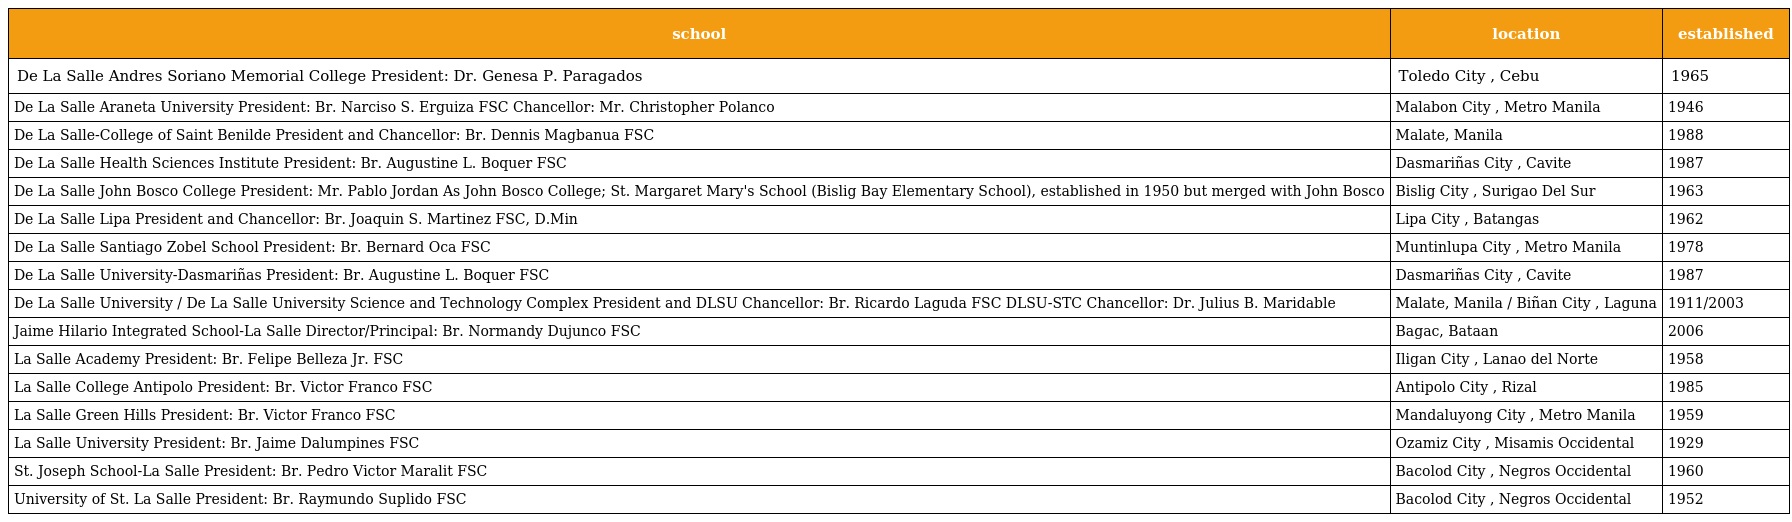
| school | location | established |
 | --- | --- | --- |
 | De La Salle Andres Soriano Memorial College President: Dr. Genesa P. Paragados | Toledo City , Cebu | 1965 |
 | De La Salle Araneta University President: Br. Narciso S. Erguiza FSC Chancellor: Mr. Christopher Polanco | Malabon City , Metro Manila | 1946 |
 | De La Salle-College of Saint Benilde President and Chancellor: Br. Dennis Magbanua FSC | Malate, Manila | 1988 |
 | De La Salle Health Sciences Institute President: Br. Augustine L. Boquer FSC | Dasmariñas City , Cavite | 1987 |
 | De La Salle John Bosco College President: Mr. Pablo Jordan As John Bosco College; St. Margaret Mary's School (Bislig Bay Elementary School), established in 1950 but merged with John Bosco | Bislig City , Surigao Del Sur | 1963 |
 | De La Salle Lipa President and Chancellor: Br. Joaquin S. Martinez FSC, D.Min | Lipa City , Batangas | 1962 |
 | De La Salle Santiago Zobel School President: Br. Bernard Oca FSC | Muntinlupa City , Metro Manila | 1978 |
 | De La Salle University-Dasmariñas President: Br. Augustine L. Boquer FSC | Dasmariñas City , Cavite | 1987 |
 | De La Salle University / De La Salle University Science and Technology Complex President and DLSU Chancellor: Br. Ricardo Laguda FSC DLSU-STC Chancellor: Dr. Julius B. Maridable | Malate, Manila / Biñan City , Laguna | 1911/2003 |
 | Jaime Hilario Integrated School-La Salle Director/Principal: Br. Normandy Dujunco FSC | Bagac, Bataan | 2006 |
 | La Salle Academy President: Br. Felipe Belleza Jr. FSC | Iligan City , Lanao del Norte | 1958 |
 | La Salle College Antipolo President: Br. Victor Franco FSC | Antipolo City , Rizal | 1985 |
 | La Salle Green Hills President: Br. Victor Franco FSC | Mandaluyong City , Metro Manila | 1959 |
 | La Salle University President: Br. Jaime Dalumpines FSC | Ozamiz City , Misamis Occidental | 1929 |
 | St. Joseph School-La Salle President: Br. Pedro Victor Maralit FSC | Bacolod City , Negros Occidental | 1960 |
 | University of St. La Salle President: Br. Raymundo Suplido FSC | Bacolod City , Negros Occidental | 1952 |